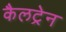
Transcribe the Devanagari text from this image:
कैलट्रेन